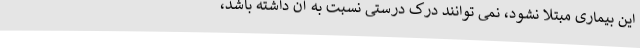
این بیماری مبتلا نشود، نمی توانند درک درستی نسبت به آن داشته باشد،